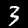
Label: 3